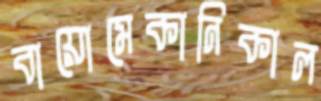
বায়োমেকানিকাল